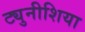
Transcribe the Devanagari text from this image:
ट्युनीशिया